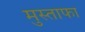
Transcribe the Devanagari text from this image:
मुस्ताफा